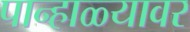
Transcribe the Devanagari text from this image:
पान्हाळ्यावर